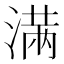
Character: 𣺏